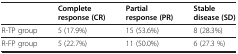
|  | Complete response (CR) | Partial response (PR) | Stable disease (SD) |
 | --- | --- | --- | --- |
 | R-TP group | 5 (17.9%) | 15 (53.6%) | 8 (28.3%) |
 | R-FP group | 5 (22.7%) | 11 (50.0%) | 6 (27.3 %) |